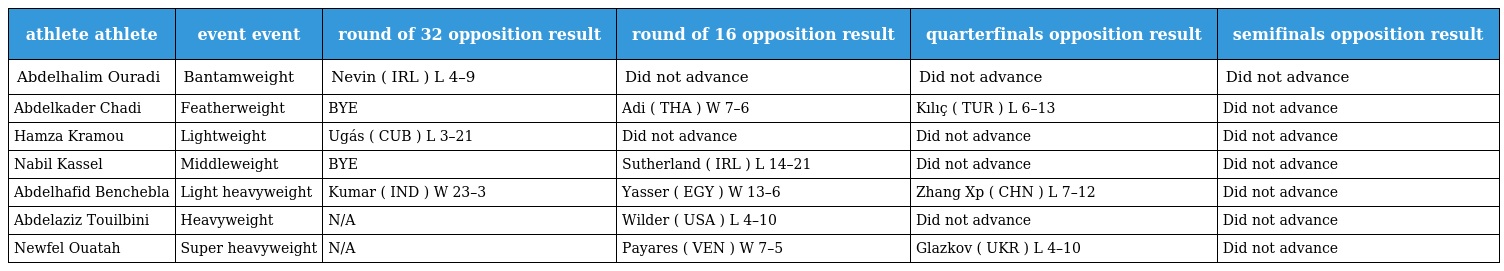
| athlete athlete | event event | round of 32 opposition result | round of 16 opposition result | quarterfinals opposition result | semifinals opposition result |
 | --- | --- | --- | --- | --- | --- |
 | Abdelhalim Ouradi | Bantamweight | Nevin ( IRL ) L 4–9 | Did not advance | Did not advance | Did not advance |
 | Abdelkader Chadi | Featherweight | BYE | Adi ( THA ) W 7–6 | Kılıç ( TUR ) L 6–13 | Did not advance |
 | Hamza Kramou | Lightweight | Ugás ( CUB ) L 3–21 | Did not advance | Did not advance | Did not advance |
 | Nabil Kassel | Middleweight | BYE | Sutherland ( IRL ) L 14–21 | Did not advance | Did not advance |
 | Abdelhafid Benchebla | Light heavyweight | Kumar ( IND ) W 23–3 | Yasser ( EGY ) W 13–6 | Zhang Xp ( CHN ) L 7–12 | Did not advance |
 | Abdelaziz Touilbini | Heavyweight | N/A | Wilder ( USA ) L 4–10 | Did not advance | Did not advance |
 | Newfel Ouatah | Super heavyweight | N/A | Payares ( VEN ) W 7–5 | Glazkov ( UKR ) L 4–10 | Did not advance |